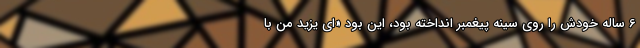
6 ساله خودش را روی سینه پیغمبر انداخته بود، این بود «ای یزید من با